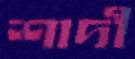
শাদী